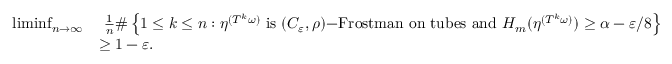
\begin{array} { r l } { \operatorname* { l i m i n f } _ { n \to \infty } } & { \ \frac { 1 } { n } \# \left\{ 1 \leq k \leq n : \eta ^ { ( T ^ { k } \omega ) } \mathrm { ~ i s ~ } ( C _ { \varepsilon } , \rho ) \mathrm { - F r o s t m a n ~ o n ~ t u b e s ~ a n d ~ } H _ { m } ( \eta ^ { ( T ^ { k } \omega ) } ) \geq \alpha - \varepsilon / 8 \right\} } \\ & { \geq 1 - \varepsilon . } \end{array}